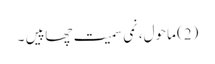
(2) ماحول، نمی سمیت چھاپیں ۔